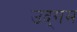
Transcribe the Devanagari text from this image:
उद्‌गम